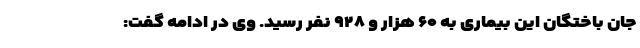
جان باختگان این بیماری به ۶۰ هزار و ۹۲۸ نفر رسید. وی در ادامه گفت: